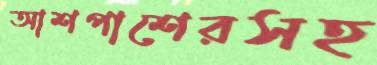
আশপাশেরসহ